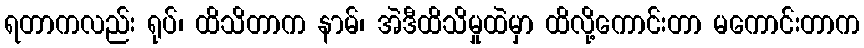
ရတာကလည်း ရုပ်၊ ထိသိတာက နာမ်၊ အဲဒီထိသိမှုထဲမှာ ထိလို့ကောင်းတာ မကောင်းတာက